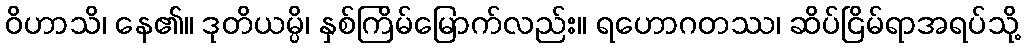
ဝိဟာသိ၊ နေ၏။ ဒုတိယမ္ပိ၊ နှစ်ကြိမ်မြောက်လည်း။ ရဟောဂတဿ၊ ဆိပ်ငြိမ်ရာအရပ်သို့